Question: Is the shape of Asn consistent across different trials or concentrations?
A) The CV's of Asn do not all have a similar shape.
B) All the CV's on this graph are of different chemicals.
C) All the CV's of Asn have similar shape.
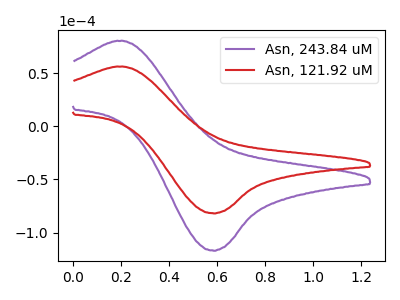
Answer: <think>The purple curve "Asn, 243.84 uM" has an anodic peak at (0.20V, 80.50uA) and a cathodic peak at (0.60V, -117.15uA). The red curve "Asn, 121.92 uM" has an anodic peak at (0.20V, 56.35uA) and a cathodic peak at (0.60V, -81.95uA).
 All the peaks in "Asn, 243.84 uM" have a peak in "Asn, 121.92 uM" at the same potential. Every peak in "Asn, 243.84 uM" is higher than every peak in "Asn, 121.92 uM".</think>
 <answer>C) All the CV's of "Asn" have similar shape.</answer>
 <eval>C</eval>